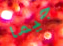
جيما